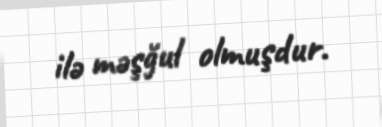
ilə məşğul olmuşdur.